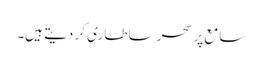
سامع پر سحر سا طاری کر دیتے ہیں۔